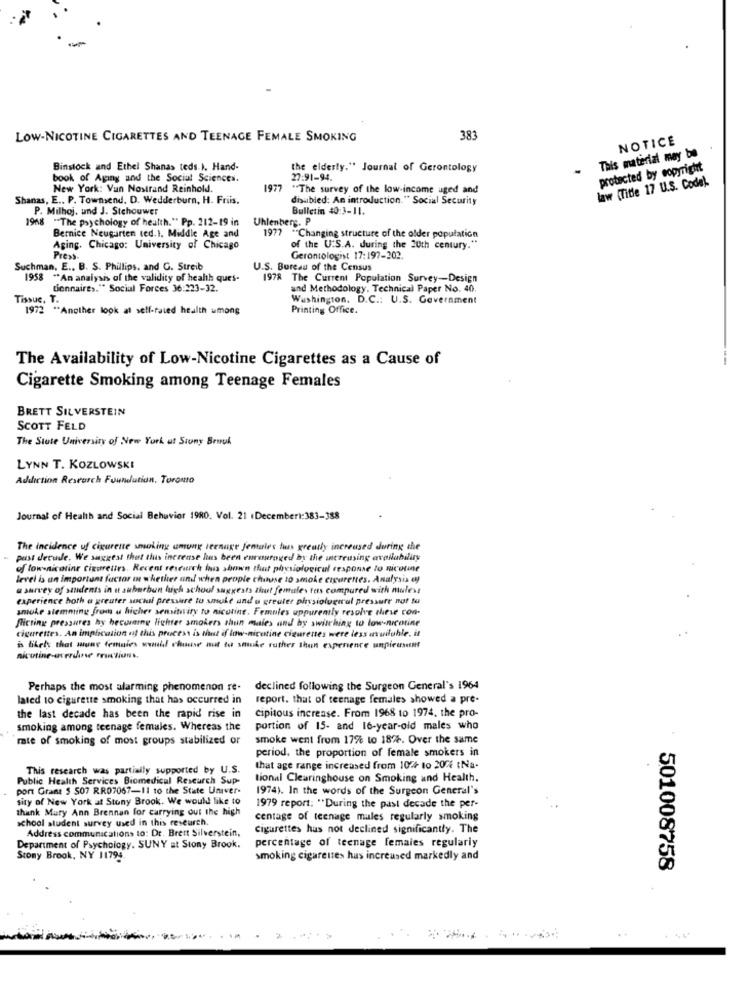
LOW-NICOTINE CIGARETTES AND TEENAGE FEMALE SMOKING
383
NOTICE
This material may be
Binstock and Ethel Shanas teds. I. Hand-
the elderly." Journal of Gerontology
-
protected by copyright
book of Aging and the Social Sciences.
27:91-94.
law (Title 17 U.S. Code).
New York: Van Nostrand Reinhold.
1977
"The survey of the low-income aged and
Shanas, E .. P. Townsend. D. Wedderburn, H. Friis.
disabled: An introduction. " Social Security
P. Milhoj. und J. Stehouwer
Bulletin 40:3-11.
1968 "The psychology of health." Pp. 212-19 in
Uhlenberg. P
Bernice Neugarten ted.1. Middle Age and
1977 *Changing structure of the older population
Aging. Chicago: University of Chicago
of the U.S.A. during the 20th century."
Press .
Gerontologist 17:197-202.
Suchman, E .. B. S. Phillips, and G. Streib
U.S. Bureau of the Census
1958 "An analysis of the validity of health que's-
1978 The Current Population Survey-Design
tionnaires." Social Forces 36:223-32.
and Methodology, Technical Paper No. 40.
Tissuc. T.
Washington. D.C .: U.S. Government
1972 ** A
"Another look at self-rated health umong
Printing Office.
The Availability of Low-Nicotine Cigarettes as a Cause of
Cigarette Smoking among Teenage Females
BRETT SILVERSTEIN
SCOTT FELD
The State University of New York ut Stuny Breuk
LYNN T. KOZLOWSKI
Addiction Research Foundation, Toronto
Journal of Health and Social Behavior 1980. Vol. 21 (Decemberi:383-388
The incidence uf cigarette smoking among teenage Jentales tus greatly increused during the
pust derude. We suggest that this increase has been encouraged by the increasing availability
of low nicotine cigarettes. Recent research fais shown that physiological response to nicotine
level is un important factor In whether und when people chouse 10 smoke cigarettes. Analysis ey
a survey of students in it suburbun lugh schoul suggests that females tes compared with nulest
experience hoth a greater social pressure to smoke and u greater physiological pressure not to
smoke stemming from a higher sensitivity to nicotine. Femules uppurently resolve these con-
ficting pressures hy hecumming lighter smokers shun males and by switching to low-nicotine
cigarettes. An implication of this process is Nant if low-nicotine cigarettes were less available, it
is likely that mune females would chusse not to smoke rather than experience unpicasent
nicotine-overdanse reactions.
Perhaps the most alarming phenomenon re-
declined following the Surgeon General's 1964
lated 10 cigarette smoking that has occurred in
report. that of teenage females showed a pre-
cipitous increase. From 1968 to 1974, the pro-
the last decade has been the rapid rise in
smoking among teenage females. Whereas the
portion of 15- and 16-year-old males who
rate of smoking of most groups stabilized or
smoke went from 17% to 18%. Over the same
period. the proportion of female smokers in
This research was partially supported by U.S.
that age range increased from 107+ to 20% (Na-
Public Health Services Biomedical Research Sup-
tional Clearinghouse on Smoking and Health.
port Grana 5 507 RR07067-11 10 the State Univer-
1974). In the words of the Surgeon General's
sity of New York at Stony Brook. We would like to
thank Mary Ann Brennan for carrying out the high
1979 report: "During the past decade the per-
school student survey used in this research.
centage of teenage mules regularly smoking
Address communications to: Dr. Brett Silverstein,
Cigarettes has not declined significantly. The
percentage of teenage females regularly
Department of Psychology. SUNY at Stony Brook.
Stony Brook, NY 11794
smoking cigarettes has increased markedly and
501008758
. .